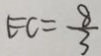
E C = \frac { 8 } { 3 }